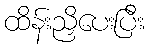
ထိန်းညှိပေးပြီး